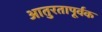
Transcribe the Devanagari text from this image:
आतुरतापूर्वक